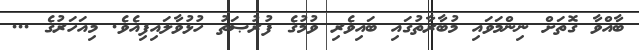
ބާއްވާ ގޮތަށް ނިންމަވައި މުބާރާތުގައި ބައިވެރި ވުމުގެ ފުރުޞަތު ހުޅުވާލައިފިއެވެ. މިއަހަރުގެ ...